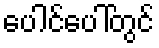
ပေါင်ပေါ်တွင်